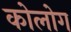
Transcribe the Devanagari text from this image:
कोलोग